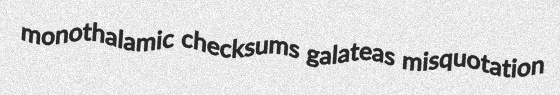
monothalamic checksums galateas misquotation